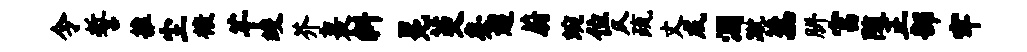
令誓推尘榱芊竣芥裹斜冕茭矣迢蔚蜿位仄疏丈戍溷蹴蕊胼富随正部牢